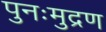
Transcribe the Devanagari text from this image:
पुनःमुद्रण